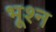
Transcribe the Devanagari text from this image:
भूश्न